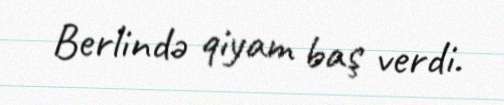
Berlində qiyam baş verdi.